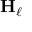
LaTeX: \mathbf { H } _ { \ell }